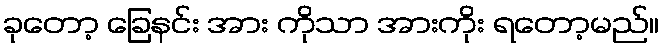
ခုတော့ ခြေနင်း အား ကိုသာ အားကိုး ရတော့မည်။